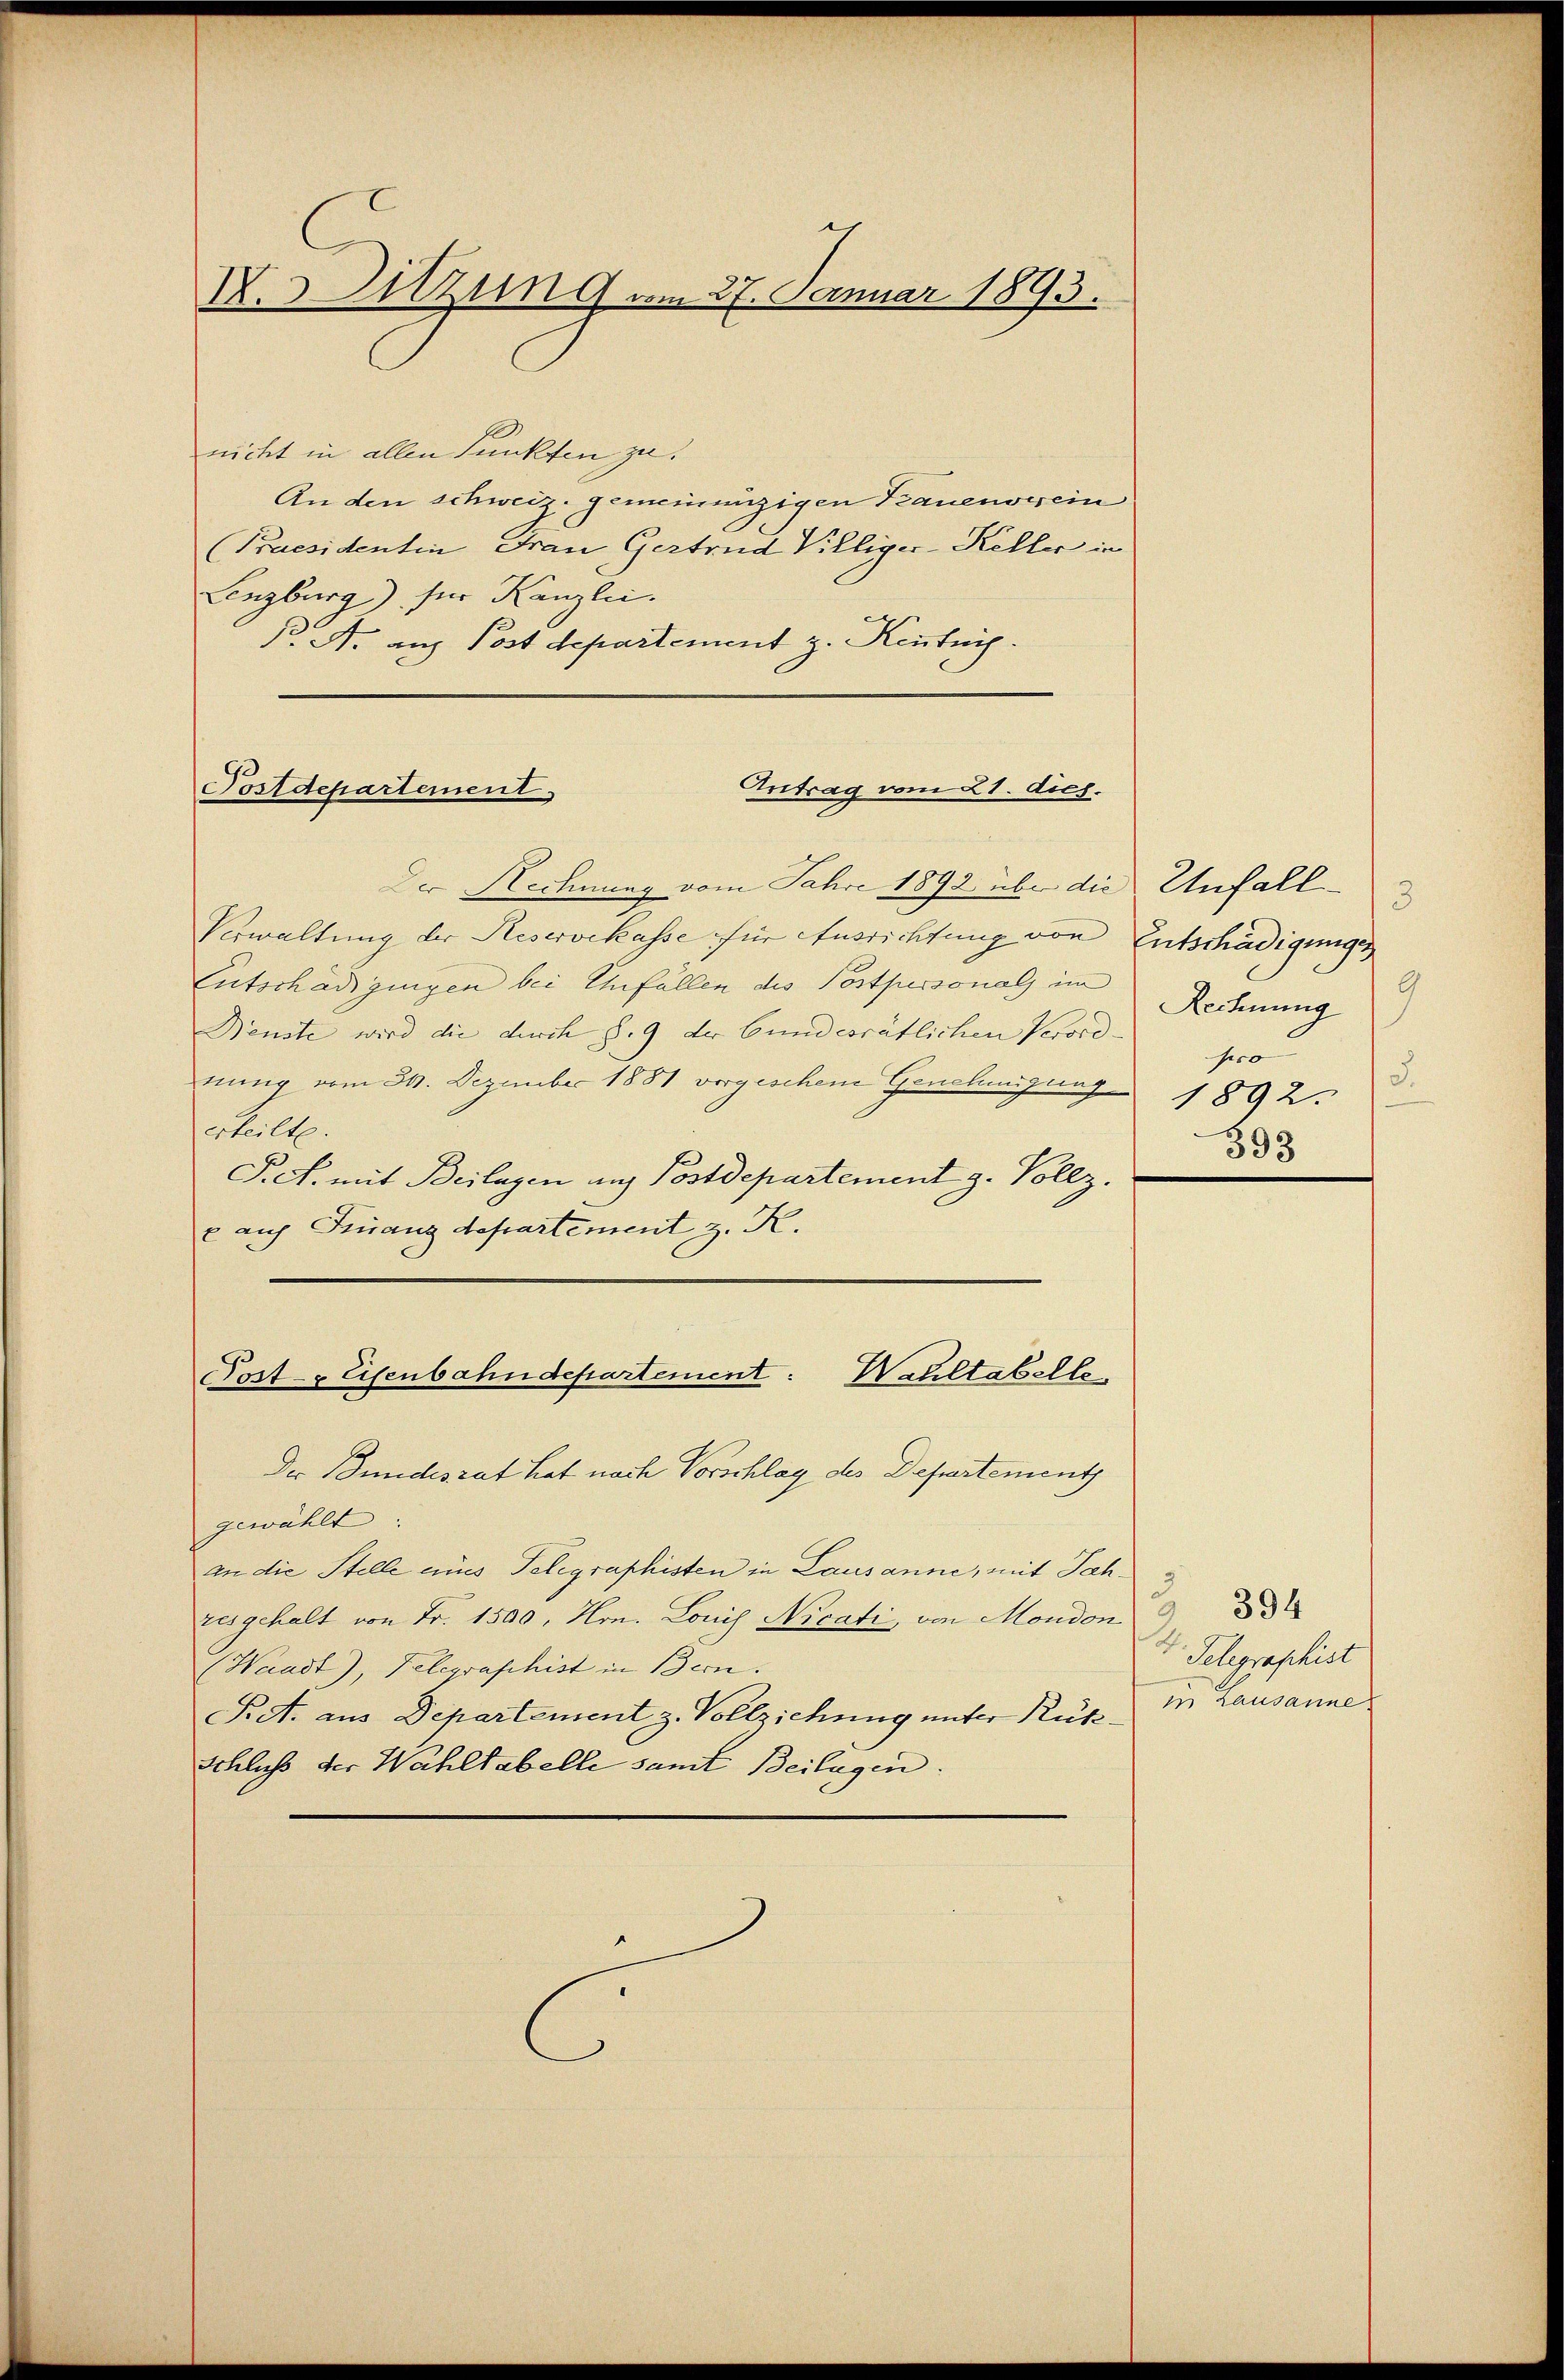
X.Sitzung am 27. Januar 1893.

nicht in allen Punkten zu.
An den schweiz. gemeinenzigen Trauenverein
(Praesidentin Frau Gertrud Villiger-Keller in
Lenzburg) für Kanzlei.
P A. aus Postdepartement z. Kenntni
Antrag vom 21. dies.
Der Rechnung vom Jahre 1892 über die Unfall¬
Verwaltung der Reservekasse für Ausrichtung von Entschädigunges
Eutschädigungen bei Unfällen des Postpersonals im
Neuste wird die durch §. 9 der Bundesrätlichen Verord- pro
nung vom 24. Dezember 1881 vorgeschen Genehmigung 1892.
erteilte.
P.c. mit Beilagen ans Postdepartement g. Vollz.
e auf Finanzdepartement z. K.

Postdepartement

Der Bundesrat hat nach Vorschlag des Departement
gewählt
an die Stelle eines Telegraphisten in Lausanne, mit Jah
resgehalt von Fr. 1500, Hrn. Louis Nicati, von Moudon
(Waadt), Telegraphist in Bern.
S.S. aus Departement z. Vollziehung unter Rük¬
Schluß der Wahltabelle samt Beilagen.

Post- & Eisenbahndepartement: Waultabelle

3
9
Rechnung
d.
393

d

4. Telegraphist
in Lausanne

394